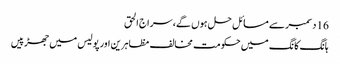
16 دسمبر سے مسائل حل ہوں گے، سراج الحق
ہانگ کانگ میں حکومت مخالف مظاہرین اور پولیس میں جھڑپیں